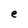
Character: e